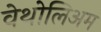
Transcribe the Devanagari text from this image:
वेथोलिअम